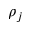
\rho _ { j }